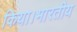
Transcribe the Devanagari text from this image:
किया।भारतीय